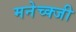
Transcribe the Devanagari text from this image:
मनेच्क्जी